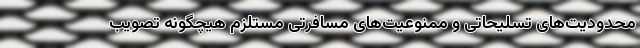
محدودیت‌­های تسلیحاتی و ممنوعیت­‌های مسافرتی مستلزم هیچگونه تصویب